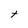
Character: t